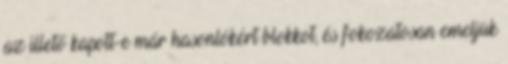
az illető kapott-e már hasonlókért blokkot, és fokozatosan emeljük